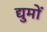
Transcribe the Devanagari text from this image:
द्युमों